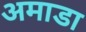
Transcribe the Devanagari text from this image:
अमाडा